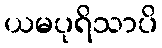
ယမပုရိသာပိ